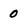
Character: 0